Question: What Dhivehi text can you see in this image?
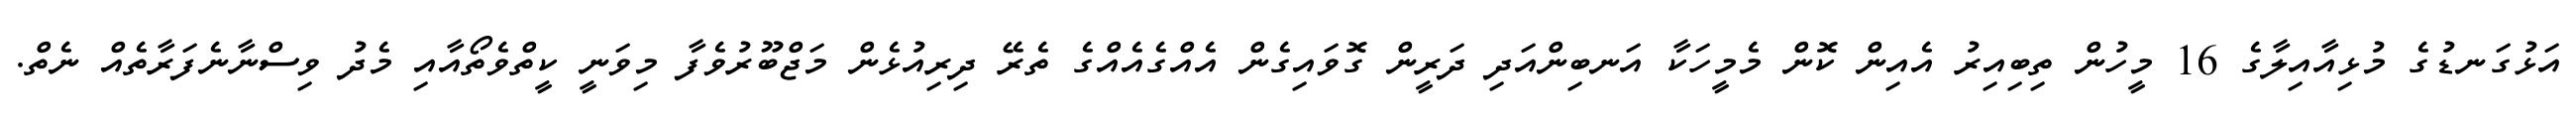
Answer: އަޅުގަނޑުގެ މުޅިއާއިލާގެ 16 މީހުން ތިބިއިރު އެއިން ކޮން މެމީހަކާ އަނބިންއަދި ދަރީން ގޮވައިގެން އެއްގެއެއްގެ ތެރޭ ދިރިއުޅެން މަޖްބޫރުވެފާ މިވަނީ ކީތްވެތޯއާއި މެދު ވިސްނާނެފަރާތެއް ނެތް.